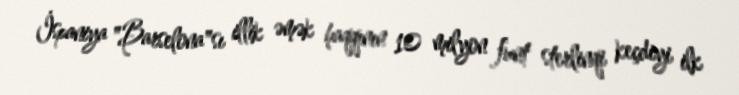
İspaniya "Barselona"sı illik əmək haqqının 10 milyon funt sterlinqi keçdiyi ilk